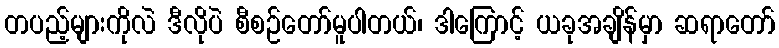
တပည့်များကိုလဲ ဒီလိုပဲ စီစဉ်တော်မူပါတယ်၊ ဒါကြောင့် ယခုအချိန်မှာ ဆရာတော်